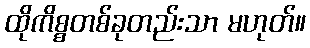
ထိုကိစ္စတစ်ခုတည်းသာ မဟုတ်။